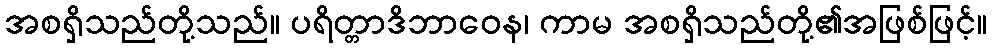
အစရှိသည်တို့သည်။ ပရိတ္တာဒိဘာဝေန၊ ကာမ အစရှိသည်တို့၏အဖြစ်ဖြင့်။